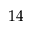
1 4